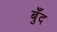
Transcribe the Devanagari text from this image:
बुँद